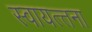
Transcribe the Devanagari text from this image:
स्वायत्त्तना